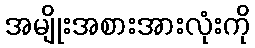
အမျိုးအစားအားလုံးကို